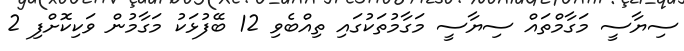
ސިޔާސީ މަގާމްތައް ސިޔާސީ މަގާމުތަކުގައި ތިއްބެވި 12 ބޭފުޅަކު މަގާމުން ވަކިކޮށްފި 2